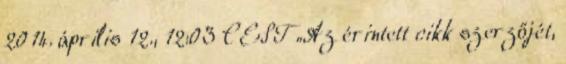
2014. április 12., 12:03 CEST „Az érintett cikk szerzőjét,